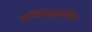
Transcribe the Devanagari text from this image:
अधिनोइयमोंके